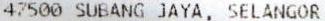
47500 SUBANG JAYA, SELANGOR